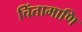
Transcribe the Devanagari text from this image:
चिंतामाणि